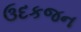
ઉદકજન